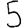
Digit: 5